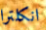
انكلترا